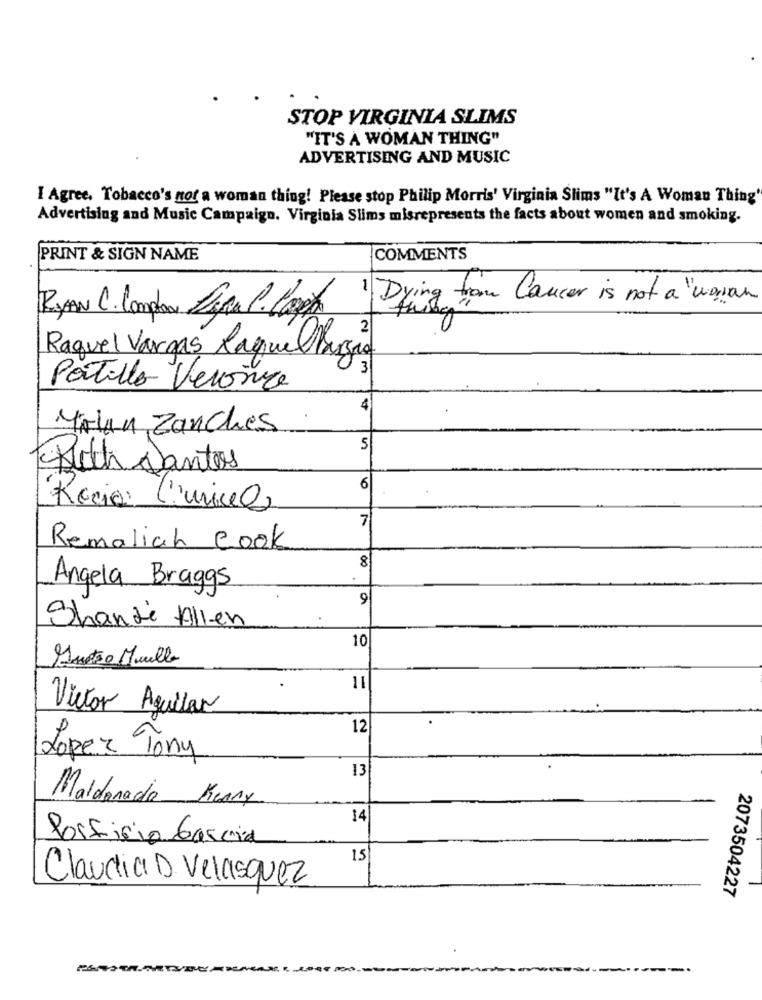
STOP VIRGINIA SLIMS
"IT'S A WOMAN THING"
ADVERTISING AND MUSIC
I Agree. Tobacco's not a woman thing! Please stop Philip Morris' Virginia Slims "It's A Woman Thing'
Advertising and Music Campaign. Virginia Slims misrepresents the facts about women and smoking.
PRINT & SIGN NAME
COMMENTS
1 Dying from Cancer is not a "woran
RYAN C. Comprar Lira P. Copa
Raquel Vargas Raquel Magio
3
PorTillo Veronce
4
Molan Zanches
5
Such Dantes
6
Recia l'min)
7
Remaliah cook
8
Angela Braggs
9
Shanti Allen
10
Mustso Muelle
11
Victor Aguilar
12
Lopez Tor
13
Maldonado Keary
14
Posficio Garcia
15
Claudia D Velasquez
2073504227